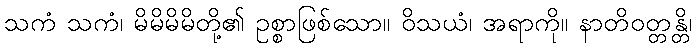
သကံ သကံ၊ မိမိမိမိတို့၏ ဥစ္စာဖြစ်သော။ ဝိသယံ၊ အရာကို။ နာတိဝတ္တန္တိ၊